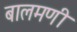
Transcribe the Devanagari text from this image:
बालमणी